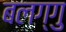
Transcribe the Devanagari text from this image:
बलग्गु